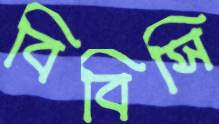
বিবিসি